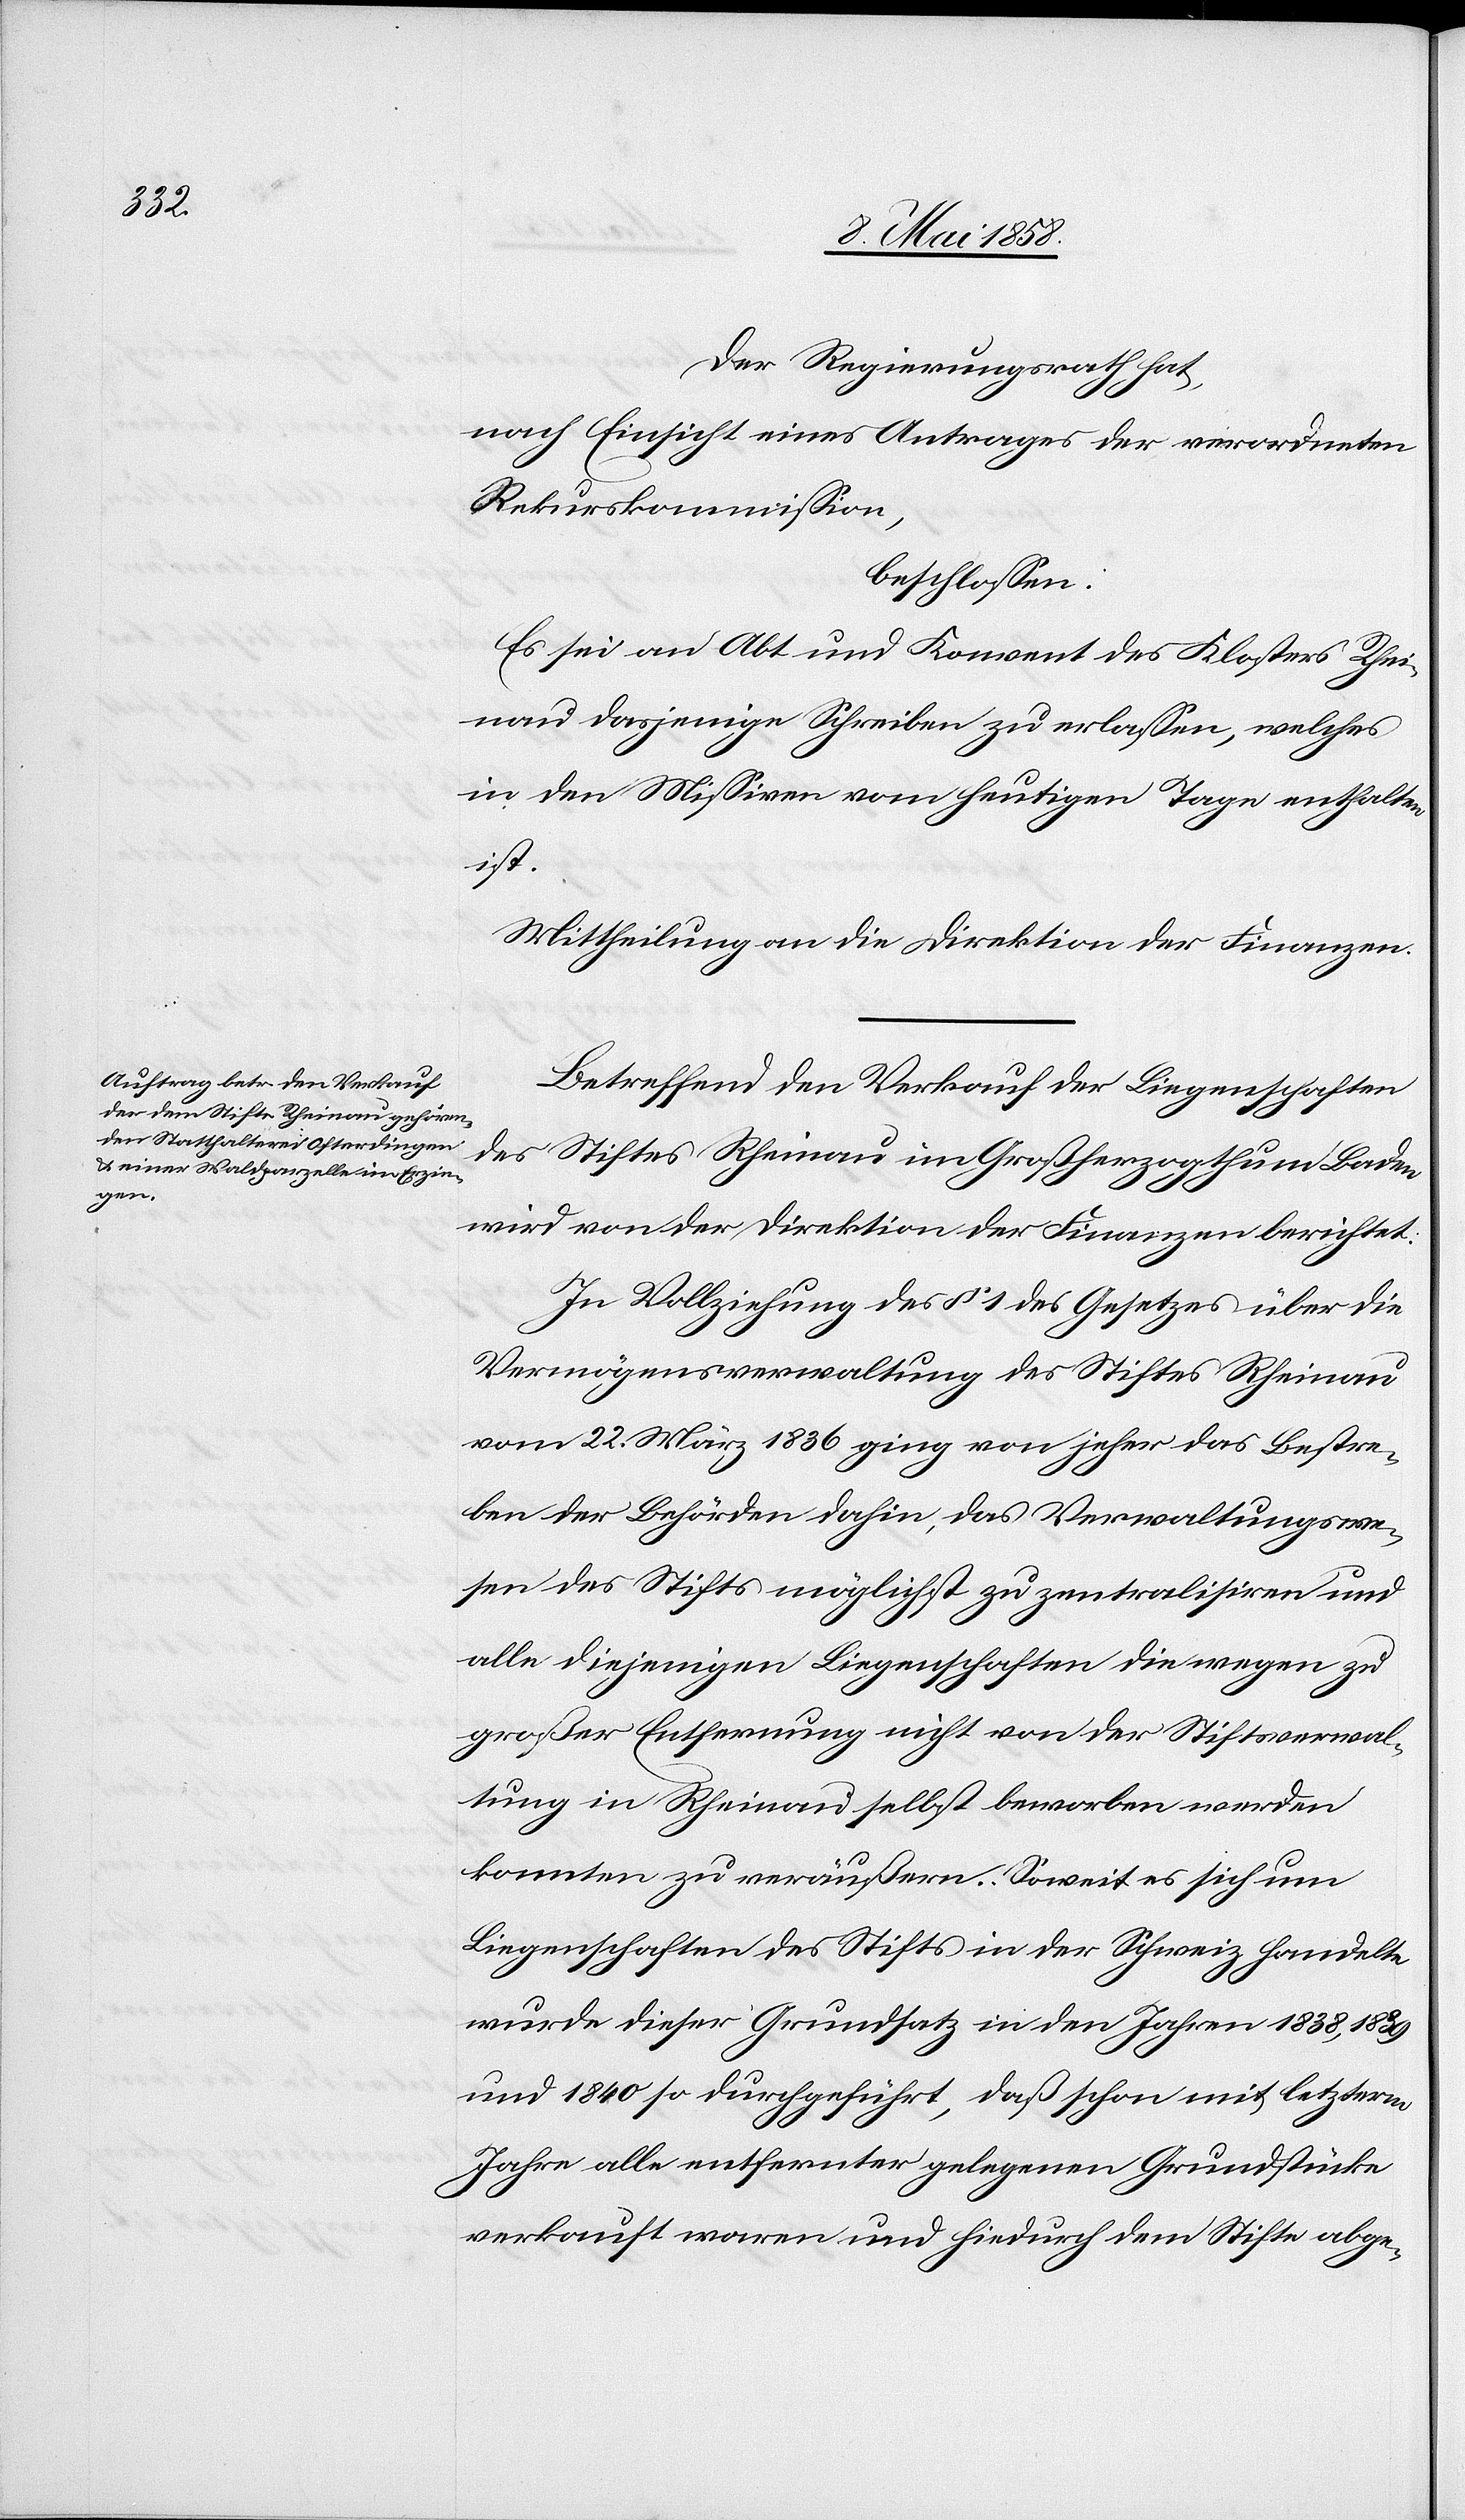
Der Regierungsrath hat,
nach Einsicht eines Antrages der verordneten
Rekurskommission,
beschlossen:
Es sei an Abt und Konvent des Klosters Rhei¬
nau dasjenige Schreiben zu erlassen, welches
in den Missiven vom heutigen Tage enthalten
ist.
Mittheilung an die Direktion der Finanzen.
Betreffend den Verkauf der Liegenschaften
des Stiftes Rheinau im Großherzogthum Baden
wird von der Direktion der Finanzdirektion berichtet:
In Vollziehung des § 1 des Gesetzes über die
Vermögensverwaltung des Stiftes Rheinau
vom 22. März 1836 ging von jeher das Bestre¬
ben der Behörden dahin, das Verwaltungswe¬
sen des Stifts möglichst zu zentralisiren und
alle diejenigen Liegenschaften die wegen zu
großer Entfernung nicht von der Stiftsverwal¬
tung in Rheinau selbst beworben werden
konnten zu veräußern. Soweit es sich um
Liegenschaften des Stifts in der Schweiz handelte
wurde dieser Grundsatz in den Jahren 1838, 1839
und 1840 so durchgeführt, daß schon mit letzterm
Jahre alle entfernter gelegenen Grundstücke
verkauft waren und hiedurch dem Stifte abge-